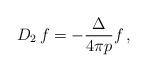
LaTeX: \begin{align*}D_2\,f=-\frac{\Delta}{4\pi p}f\,,\end{align*}